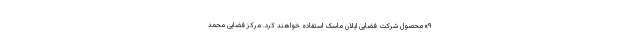
۹» محصول شرکت فضایی ایلان ماسک استفاده خواهند کرد. مرکز فضایی محمد